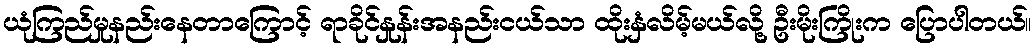
ယုံကြည်မှုနည်းနေတာကြောင့် ရာခိုင်နှုန်းအနည်းငယ်သာ ထိုးနှံလိမ့်မယ်လို့ ဦးမိုးကြိုးက ပြောပါတယ်။